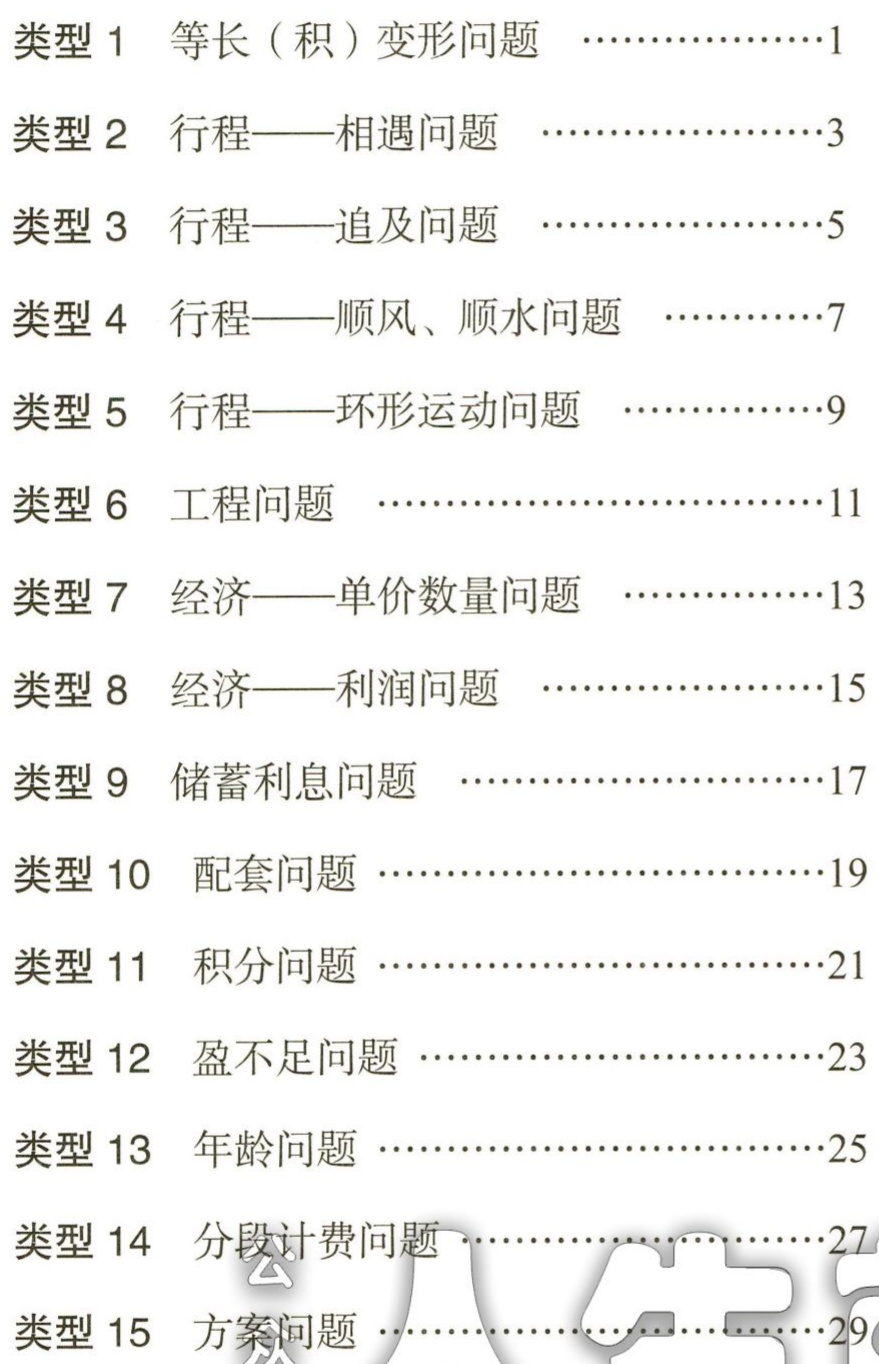
类型 1 等长（积）变形问题 ………………1\\

类型 2 行程——相遇问题 ……………………3\\

类型 3 行程——追及问题 ……………………5\\

类型 4 行程——顺风、顺水问题 ……………7\\

类型 5 行程——环形运动问题 ………………9\\

类型 6 工程问题 …………………………11\\

类型 7 经济——单价数量问题 ………………13\\

类型 8 经济——利润问题 ……………………15\\

类型 9 储蓄利息问题 ………………………17\\

类型 10 配套问题 …………………………19\\

类型 11 积分问题 …………………………21\\

类型 12 盈不足问题 ………………………23\\

类型 13 年龄问题 …………………………25\\

类型 14 分段计费问题 ……………………27\\

类型 15 方案问题 …………………………29\\